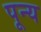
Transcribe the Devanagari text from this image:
पून्य